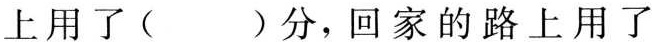
上用了()分，回家的路上用了